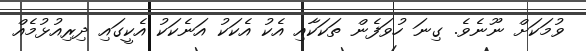
ވުމަކަށް ނޫނެވެ. ގިނަ ހުވަފެން ތަކަކާއި އެކު އެކަކު އަނެކަކު އެކީގައި ދިރިއުޅުމެއް